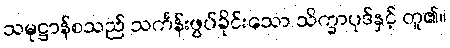
သမုဋ္ဌာန်စသည် သင်္ကန်းဖွပ်ခိုင်းသော သိက္ခာပုဒ်နှင့် တူ၏။